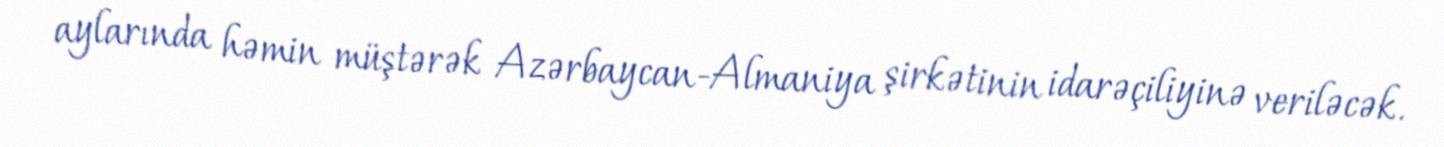
aylarında həmin müştərək Azərbaycan-Almaniya şirkətinin idarəçiliyinə veriləcək.